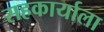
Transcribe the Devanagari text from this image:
सहकार्याला